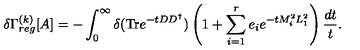
\delta \Gamma _ { r e g } ^ { ( k ) } [ A ] = - \int _ { 0 } ^ { \infty } \delta ( \mathrm { T r } e ^ { - t D D ^ { \dagger } } ) \left( 1 + \sum _ { i = 1 } ^ { r } e _ { i } e ^ { - t M _ { i } ^ { 2 } L _ { 1 } ^ { 2 } } \right) \frac { d t } { t } .